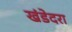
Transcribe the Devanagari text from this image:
खंडेदरा